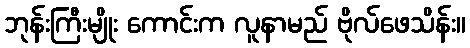
ဘုန်းကြီးမျိုး ကောင်းက လူနာမည် ဗိုလ်ဖေသိန်း။